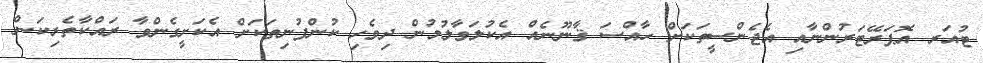
ޓުއަރ އޮޕަރޭޓަރުންނާއި އެޖެންސީތަކަށް ހާއްސަ ޤާނޫނެއް އެކުލަވާލުމުން ދިވެހި ކުންފުނިތަކަށް އެކަށީގެންވާ ރައްކާތެރިކަން